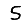
Digit: 5